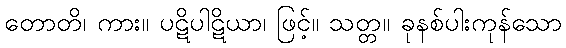
တောတိ၊ ကား။ ပဋိပါဋိယာ၊ ဖြင့်။ သတ္တ။ ခုနစ်ပါးကုန်သော